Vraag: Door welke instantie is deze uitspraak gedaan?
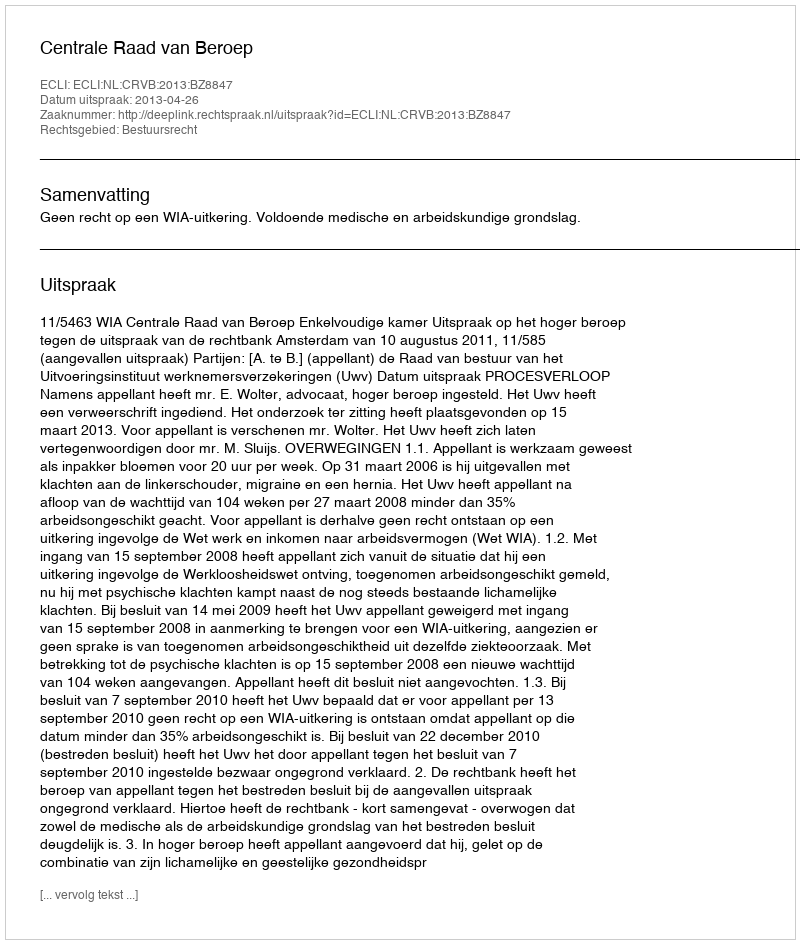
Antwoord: Centrale Raad van Beroep